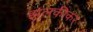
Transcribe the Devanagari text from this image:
झलकीकर